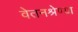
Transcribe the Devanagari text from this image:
वेतनश्रेण्या